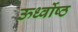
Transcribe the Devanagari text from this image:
ऊर्ध्वोष्ठ